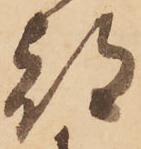
都